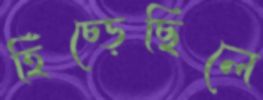
হিঁচ্‌ড়েছিলে